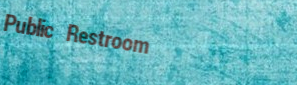
Public Restroom